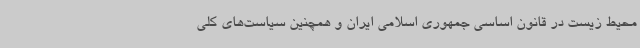
محیط ‌زیست در قانون اساسی جمهوری اسلامی ایران و همچنین سیاست‌های کلی